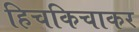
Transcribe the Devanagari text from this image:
हिचकिचाकर